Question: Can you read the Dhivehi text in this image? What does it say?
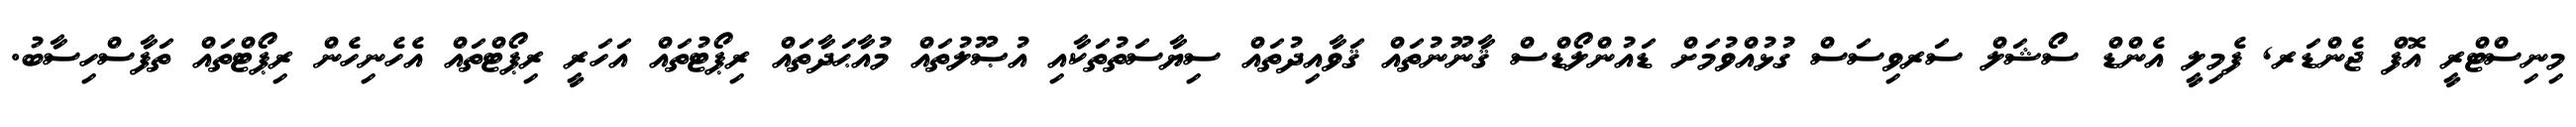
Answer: މިނިސްޓްރީ އޮފް ޖެންޑަރ, ފެމިލީ އެންޑް ސޯޝަލް ސަރވިސަސް ގުޅުއްވުމަށް ޑައުންލޯޑްސް ޤާނޫނުތައް ޤަވާއިދުތައް ސިޔާސަތުތަކާއި އުޞޫލުތައް މުއާޙަދާތައް ރިޕޯޓުތައް އަހަރީ ރިޕޯޓްތައް އެހެނިހެން ރިޕޯޓްތައް ތަފާސްހިސާބު.